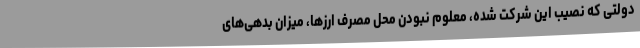
دولتی که نصیب این شرکت شده، معلوم نبودن محل مصرف ارزها، میزان بدهی‌های